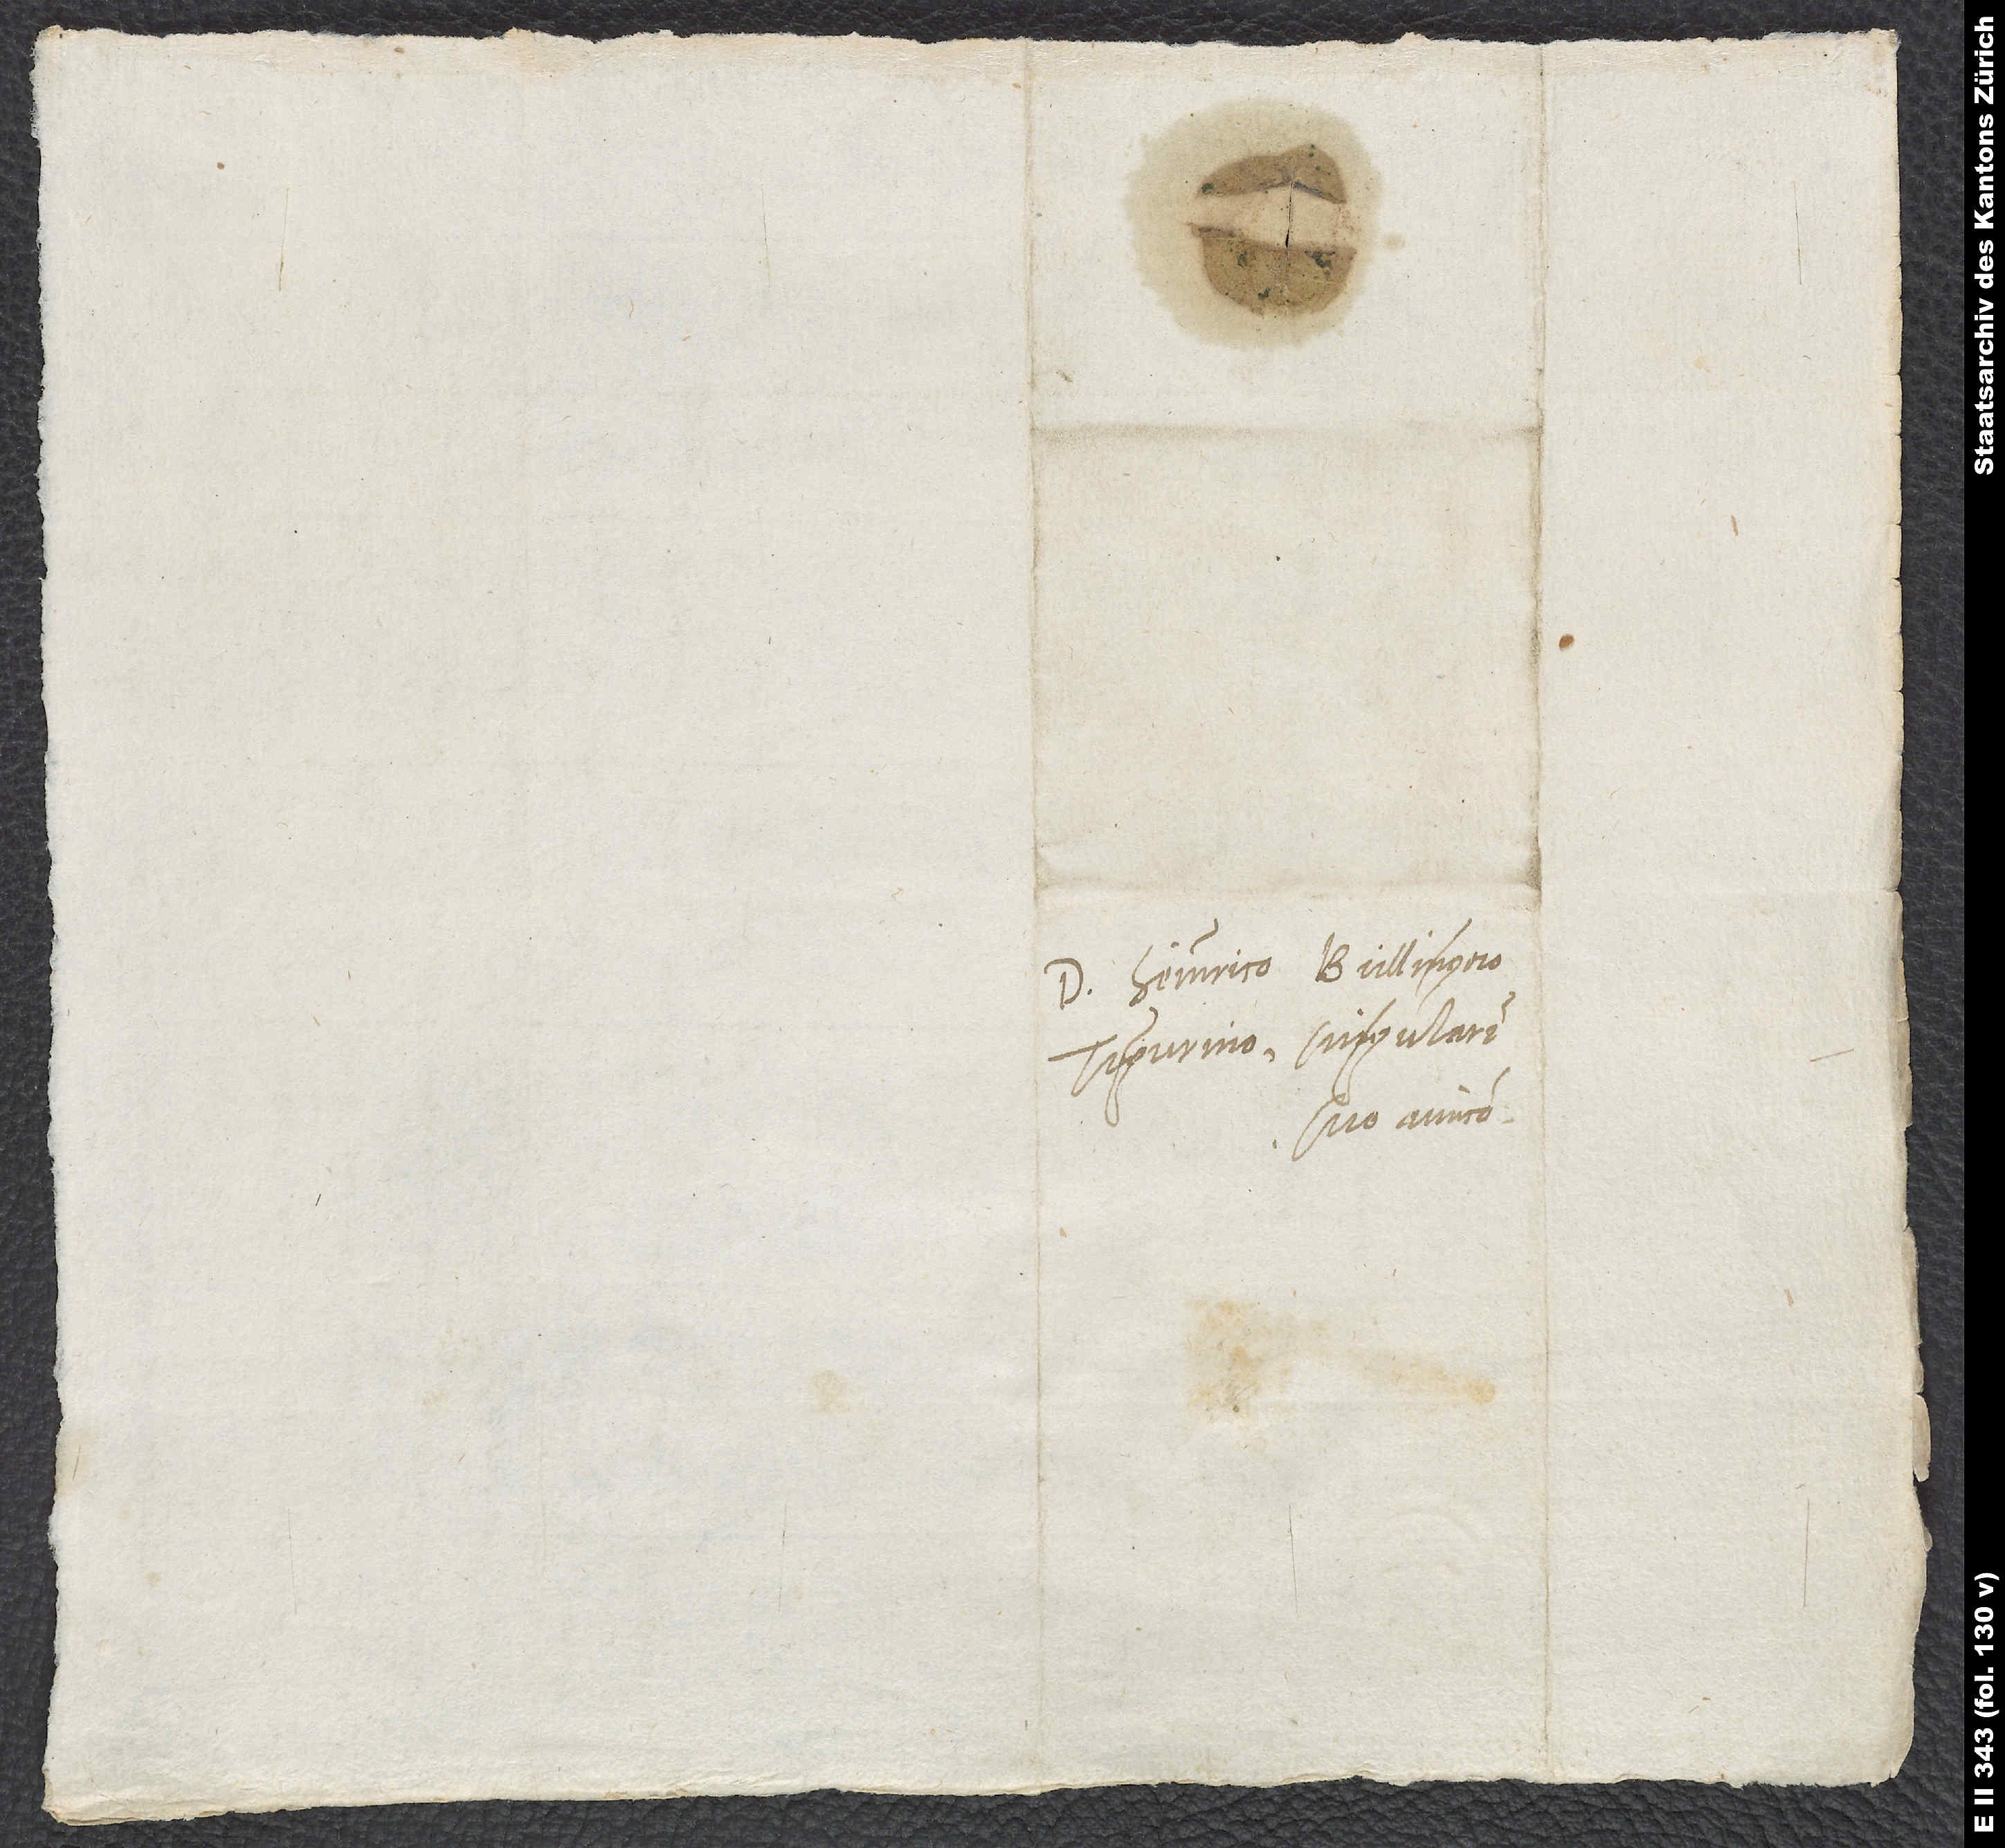
Domino Heinrico Bullingero
Tigurino, singulari
suo amico.